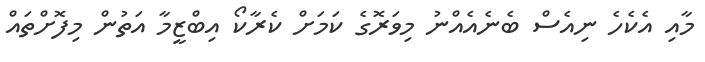
މާއި އެކެހެ ނިއެސް ބެނެއެއްނު މިވަރޮގެ ކަމަށް ކެރާކޯ އިބްޒީމާ އަތުން މިފޮށްތައް